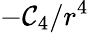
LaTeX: -\mathcal{C}_{4}/r^{4}